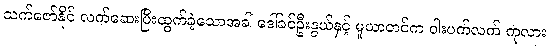
သက်ဇော်နိုင် လက်ဆေးပြီးထွက်ခဲ့သောအခါ ဒေါ်ခင်ဦးနွယ်နှင့် မူယာတင်က ဝါးပက်လက် ကုလား